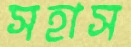
সহাস